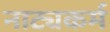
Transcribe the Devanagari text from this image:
नाट्यकर्म